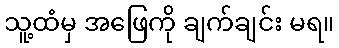
သူ့ထံမှ အဖြေကို ချက်ချင်း မရ။